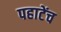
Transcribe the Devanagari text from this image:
पहाटेंच